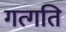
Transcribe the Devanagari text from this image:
गत्गति